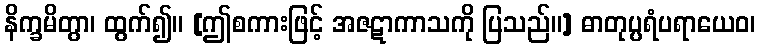
နိက္ခမိတွာ၊ ထွက်၍။ [ဤစကားဖြင့် အဇဋာကာသကို ပြသည်။] ဓာတုပ္ပရံပရာယေဝ၊